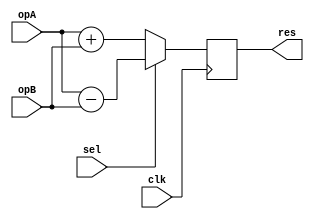
// ============================================================================
//   Ver  :| Author					:| Mod. Date :| Changes Made:
//   V1.0 :| viCppDev			    :| 27/01/2021:| ALU 
// ============================================================================

module ALU (input clk, input wire [7:0] opA, input wire [7:0] opB, input wire sel,output wire [7:0] res);
	
	reg [7:0] regTmp;
	
	assign res = regTmp;
	
	always @(posedge(clk)) begin
		if(sel == 1'b1) begin
			regTmp = opA - opB;		
		end
		else begin
			regTmp = opA + opB;
		end
	end
endmodule